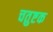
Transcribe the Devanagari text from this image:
चतुष्टक